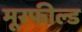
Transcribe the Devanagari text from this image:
मूरफील्ड